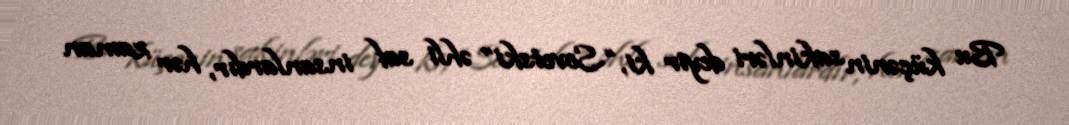
Bu küçənin sakinləri deyir ki, “Sovetski” əhli saf insanlardır, hər zaman